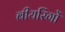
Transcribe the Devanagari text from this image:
बीयरिंगों